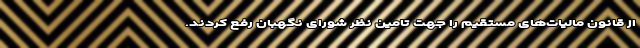
از قانون مالیات‌های مستقیم را جهت تامین نظر شورای نگهبان رفع کردند.